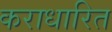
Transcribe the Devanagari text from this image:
कराधारित